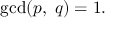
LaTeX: \operatorname* { g c d } ( p , \; q ) = 1 .